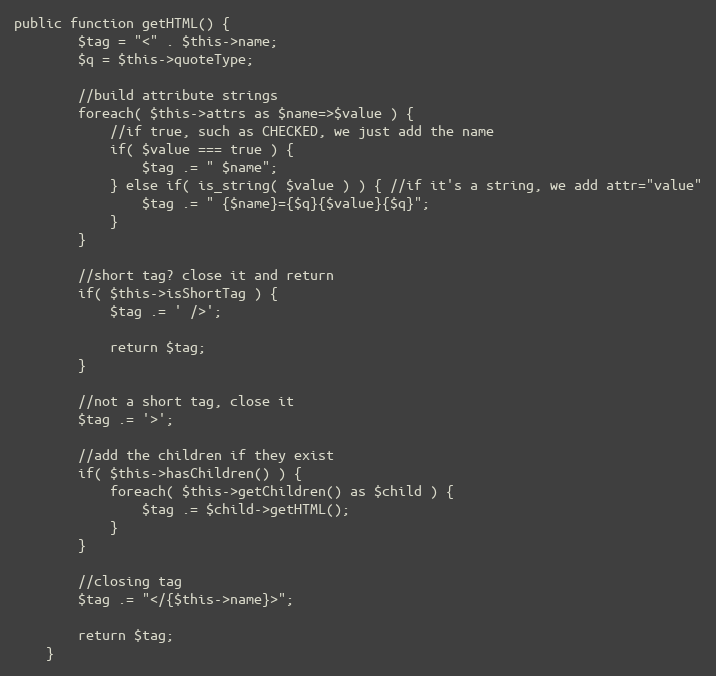
Language: PHP
public function getHTML() {
        $tag = "<" . $this->name;
        $q = $this->quoteType;

        //build attribute strings
        foreach( $this->attrs as $name=>$value ) {
            //if true, such as CHECKED, we just add the name
            if( $value === true ) {
                $tag .= " $name";
            } else if( is_string( $value ) ) { //if it's a string, we add attr="value"
                $tag .= " {$name}={$q}{$value}{$q}";
            }
        }

        //short tag? close it and return
        if( $this->isShortTag ) {
            $tag .= ' />';

            return $tag;
        }

        //not a short tag, close it
        $tag .= '>';

        //add the children if they exist
        if( $this->hasChildren() ) {
            foreach( $this->getChildren() as $child ) {
                $tag .= $child->getHTML();
            }
        }

        //closing tag
        $tag .= "</{$this->name}>";

        return $tag;
    }